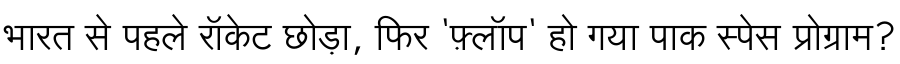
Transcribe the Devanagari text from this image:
भारत से पहले रॉकेट छोड़ा, फिर 'फ़्लॉप' हो गया पाक स्पेस प्रोग्राम?